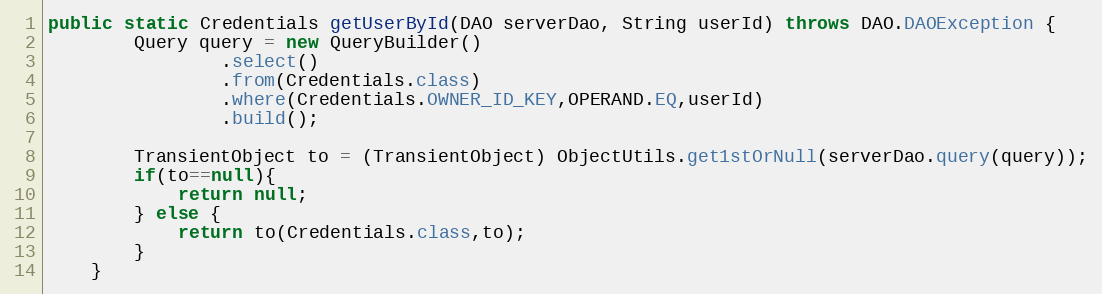
Language: Java
public static Credentials getUserById(DAO serverDao, String userId) throws DAO.DAOException {
        Query query = new QueryBuilder()
                .select()
                .from(Credentials.class)
                .where(Credentials.OWNER_ID_KEY,OPERAND.EQ,userId)
                .build();

        TransientObject to = (TransientObject) ObjectUtils.get1stOrNull(serverDao.query(query));
        if(to==null){
            return null;
        } else {
            return to(Credentials.class,to);
        }
    }